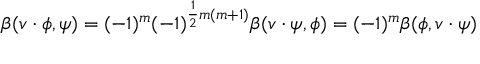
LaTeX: \beta ( v \cdot \phi , \psi ) = ( - 1 ) ^ { m } ( - 1 ) ^ { { \frac { 1 } { 2 } } m ( m + 1 ) } \beta ( v \cdot \psi , \phi ) = ( - 1 ) ^ { m } \beta ( \phi , v \cdot \psi )